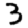
Digit: 3